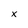
Character: X